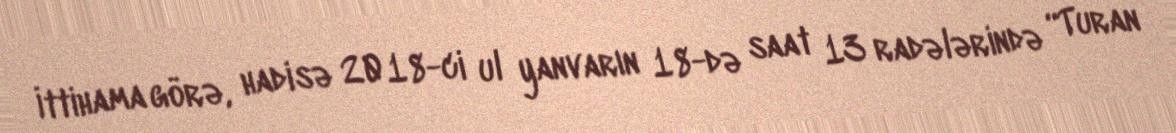
İttihama görə, hadisə 2018-ci ul yanvarın 18-də saat 13 radələrində “Turan